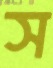
স